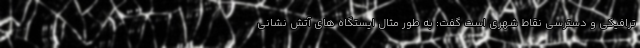
ترافیکی و دسترسی نقاط شهری است گفت: به طور مثال ایستگاه های آتش نشانی